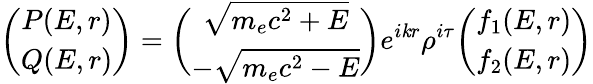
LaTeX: \biggl(\begin{array}{cc}{P(E,r)}\\ {Q(E,r)}\end{array}\biggr)=\biggl(\begin{array}{cc}{\sqrt{m_{e}c^{2}+E}}\\ {-\sqrt{m_{e}c^{2}-E}}\end{array}\biggr)e^{i\mathit{k}r}\rho^{i\tau}\biggl(\begin{array}{cc}{f_{1}(E,r)}\\ {f_{2}(E,r)}\end{array}\biggr)